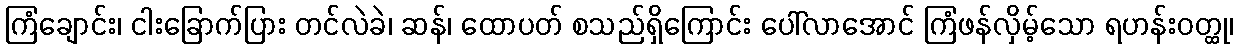
ကြံချောင်း၊ ငါးခြောက်ပြား တင်လဲခဲ၊ ဆန်၊ ထောပတ် စသည်ရှိကြောင်း ပေါ်လာအောင် ကြံဖန်လှိမ့်သော ရဟန်းဝတ္ထု၊